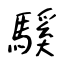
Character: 騱